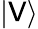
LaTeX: |\mathsf{V}\rangle